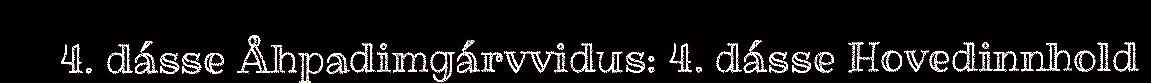
4. dásse Åhpadimgárvvidus: 4. dásse Hovedinnhold